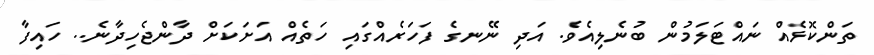
ތަންކޮޅެއް ނައްޓަލަމުން ބުނެލިއެވެ. އަދި ނޭނގެ ފަހަރެއްގައި ހަތެއް އަށަކަށް ދާންޖެހިދާނެ.. ހައިފާ